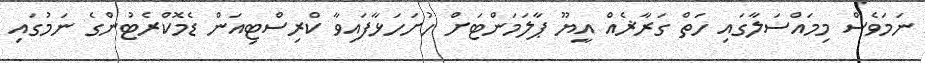
ނަމަވެސް މިމައްސަލާގައި ހަތް ގަރާޜެއް އީޔޫ ޕާލަމަންޓަށް ހުށަހަޅާފައިވާ ކްރިސްޓިއަން ޑެމޮކްރެޓުންގެ ނަމުގައި